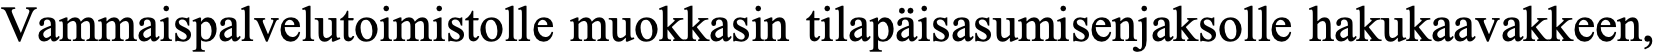
Vammaispalvelutoimistolle muokkasin tilapäisasumisenjaksolle hakukaavakkeen,